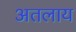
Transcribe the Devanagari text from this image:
अतलाय